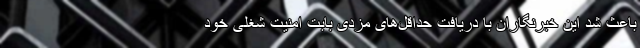
باعث شد این خبرنگاران با دریافت حداقل‌های مزدی بابت امنیت شغلی خود